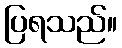
ပြရသည်။